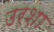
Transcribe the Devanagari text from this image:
उरशा